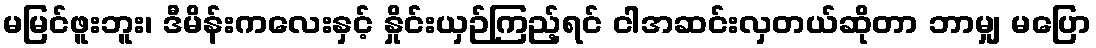
မမြင်ဖူးဘူး၊ ဒီမိန်းကလေးနှင့် နှိုင်းယှဉ်ကြည့်ရင် ငါအဆင်းလှတယ်ဆိုတာ ဘာမျှ မပြော